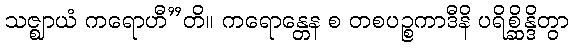
သဇ္ဈာယံ ကရောဟီ”တိ။ ကရောန္တေန စ တစပဉ္စကာဒီနိ ပရိစ္ဆိန္ဒိတွာ